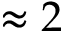
\approx 2